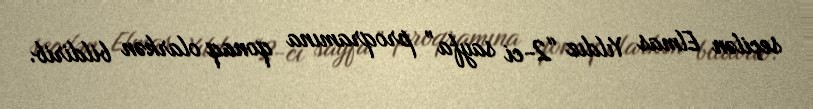
seçilən Elmas Yıldız “2-ci sayfa” proqramına qonaq olarkən bildirib.